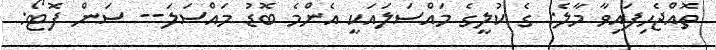
ތޮއްޖެހިފައިވާ މާލެ: ގެ ކުލީގެ މައްސަލައަކީ އެންމެ ބޮޑު މައްސަލަ-- ސަން ފޮޓޯ: